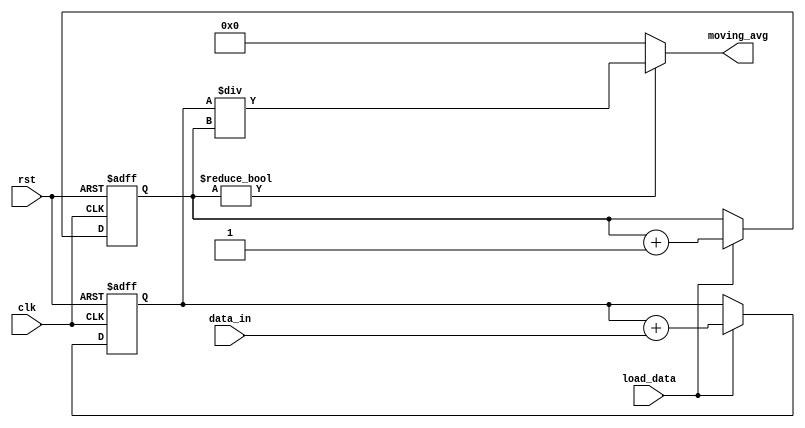
module moving_avg_accumulator (
  input clk,
  input rst,
  input [7:0] data_in,
  input load_data,
  output reg [15:0] moving_avg
);

reg [15:0] sum;
reg [3:0] count;

always @(posedge clk or posedge rst) begin
  if (rst) begin
    sum <= 16'd0;
    count <= 4'd0;
  end else if (load_data) begin
    sum <= sum + data_in;
    count <= count + 1;
  end
end

always @(*) begin
  if (count != 0) begin
    moving_avg = sum / count;
  end else begin
    moving_avg = 16'd0;
  end
end

endmodule